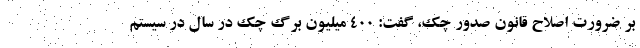
بر ضرورت اصلاح قانون صدور چک، گفت: ۴۰۰ میلیون برگ چک در سال در سیستم